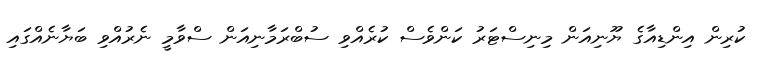
ކުރިން އިންޑިއާގެ ޔޫނިއަން މިނިސްޓަރު ކަންވެސް ކުރެއްވި ސުބްރަމާނިއަން ސްވާމީ ނެރުއްވި ބަޔާނެއްގައި